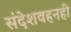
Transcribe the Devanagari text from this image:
संदेशवहनही